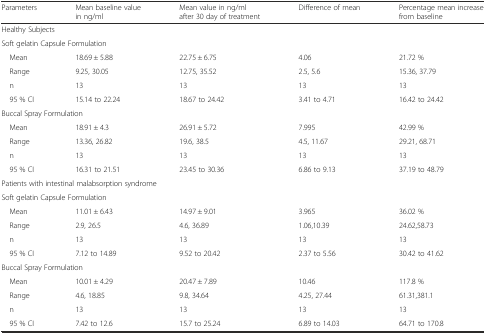
<table><thead><tr><td><b>Parameters</b></td><td><b>Mean baseline value in ng/ml</b></td><td><b>Mean value in ng/ml after 30 day of treatment</b></td><td><b>Difference of mean</b></td><td><b>Percentage mean increase from baseline</b></td></tr></thead><tbody><tr><td colspan="5">Healthy Subjects</td></tr><tr><td colspan="5">Soft gelatin Capsule Formulation</td></tr><tr><td> Mean</td><td>18.69 ± 5.88</td><td>22.75 ± 6.75</td><td>4.06</td><td>21.72 %</td></tr><tr><td> Range</td><td>9.25, 30.05</td><td>12.75, 35.52</td><td>2.5, 5.6</td><td>15.36, 37.79</td></tr><tr><td> n</td><td>13</td><td>13</td><td>13</td><td>13</td></tr><tr><td> 95 % CI</td><td>15.14 to 22.24</td><td>18.67 to 24.42</td><td>3.41 to 4.71</td><td>16.42 to 24.42</td></tr><tr><td colspan="5">Buccal Spray Formulation</td></tr><tr><td> Mean</td><td>18.91 ± 4.3</td><td>26.91 ± 5.72</td><td>7.995</td><td>42.99 %</td></tr><tr><td> Range</td><td>13.36, 26.82</td><td>19.6, 38.5</td><td>4.5, 11.67</td><td>29.21, 68.71</td></tr><tr><td> n</td><td>13</td><td>13</td><td>13</td><td>13</td></tr><tr><td> 95 % CI</td><td>16.31 to 21.51</td><td>23.45 to 30.36</td><td>6.86 to 9.13</td><td>37.19 to 48.79</td></tr><tr><td colspan="5">Patients with intestinal malabsorption syndrome</td></tr><tr><td colspan="5">Soft gelatin Capsule Formulation</td></tr><tr><td> Mean</td><td>11.01 ± 6.43</td><td>14.97 ± 9.01</td><td>3.965</td><td>36.02 %</td></tr><tr><td> Range</td><td>2.9, 26.5</td><td>4.6, 36.89</td><td>1.06,10.39</td><td>24.62,58.73</td></tr><tr><td> n</td><td>13</td><td>13</td><td>13</td><td>13</td></tr><tr><td> 95 % CI</td><td>7.12 to 14.89</td><td>9.52 to 20.42</td><td>2.37 to 5.56</td><td>30.42 to 41.62</td></tr><tr><td colspan="5">Buccal Spray Formulation</td></tr><tr><td> Mean</td><td>10.01 ± 4.29</td><td>20.47 ± 7.89</td><td>10.46</td><td>117.8 %</td></tr><tr><td> Range</td><td>4.6, 18.85</td><td>9.8, 34.64</td><td>4.25, 27.44</td><td>61.31,381.1</td></tr><tr><td> n</td><td>13</td><td>13</td><td>13</td><td>13</td></tr><tr><td> 95 % CI</td><td>7.42 to 12.6</td><td>15.7 to 25.24</td><td>6.89 to 14.03</td><td>64.71 to 170.8</td></tr></tbody></table>